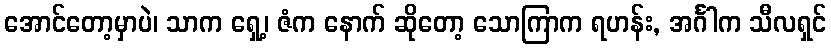
အောင်တော့မှာပဲ၊ သာက ရှေ့၊ ဇံက နောက် ဆိုတော့ သောကြာက ရဟန်း, အင်္ဂါက သီလရှင်